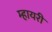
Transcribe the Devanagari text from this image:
म्हायरी